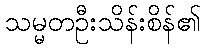
သမ္မတဦးသိန်းစိန်၏